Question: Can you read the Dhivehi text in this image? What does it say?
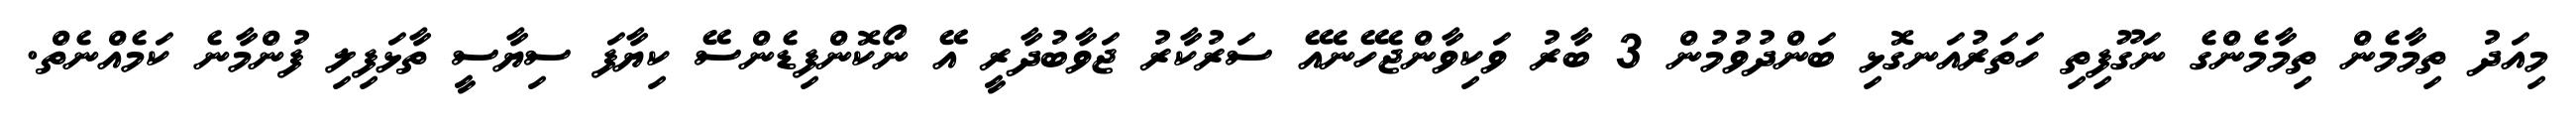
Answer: މިއަދު ތިމާމެން ތިމާމެންގެ ނަގޫފިތި ހަތަރުއަނގޮޅި ބަންދުވުމުން 3 ބާރު ވަކިވާންޖެހޭނެއޭ ސަރުކާރު ޖަވާބުދާރީ އޭ ނޯކޮންފިޑެންސޭ ކިޔާފަ ސިޔާސީ ތާޅަފިލި ފުންމާނެ ކަމެއްނެތް.